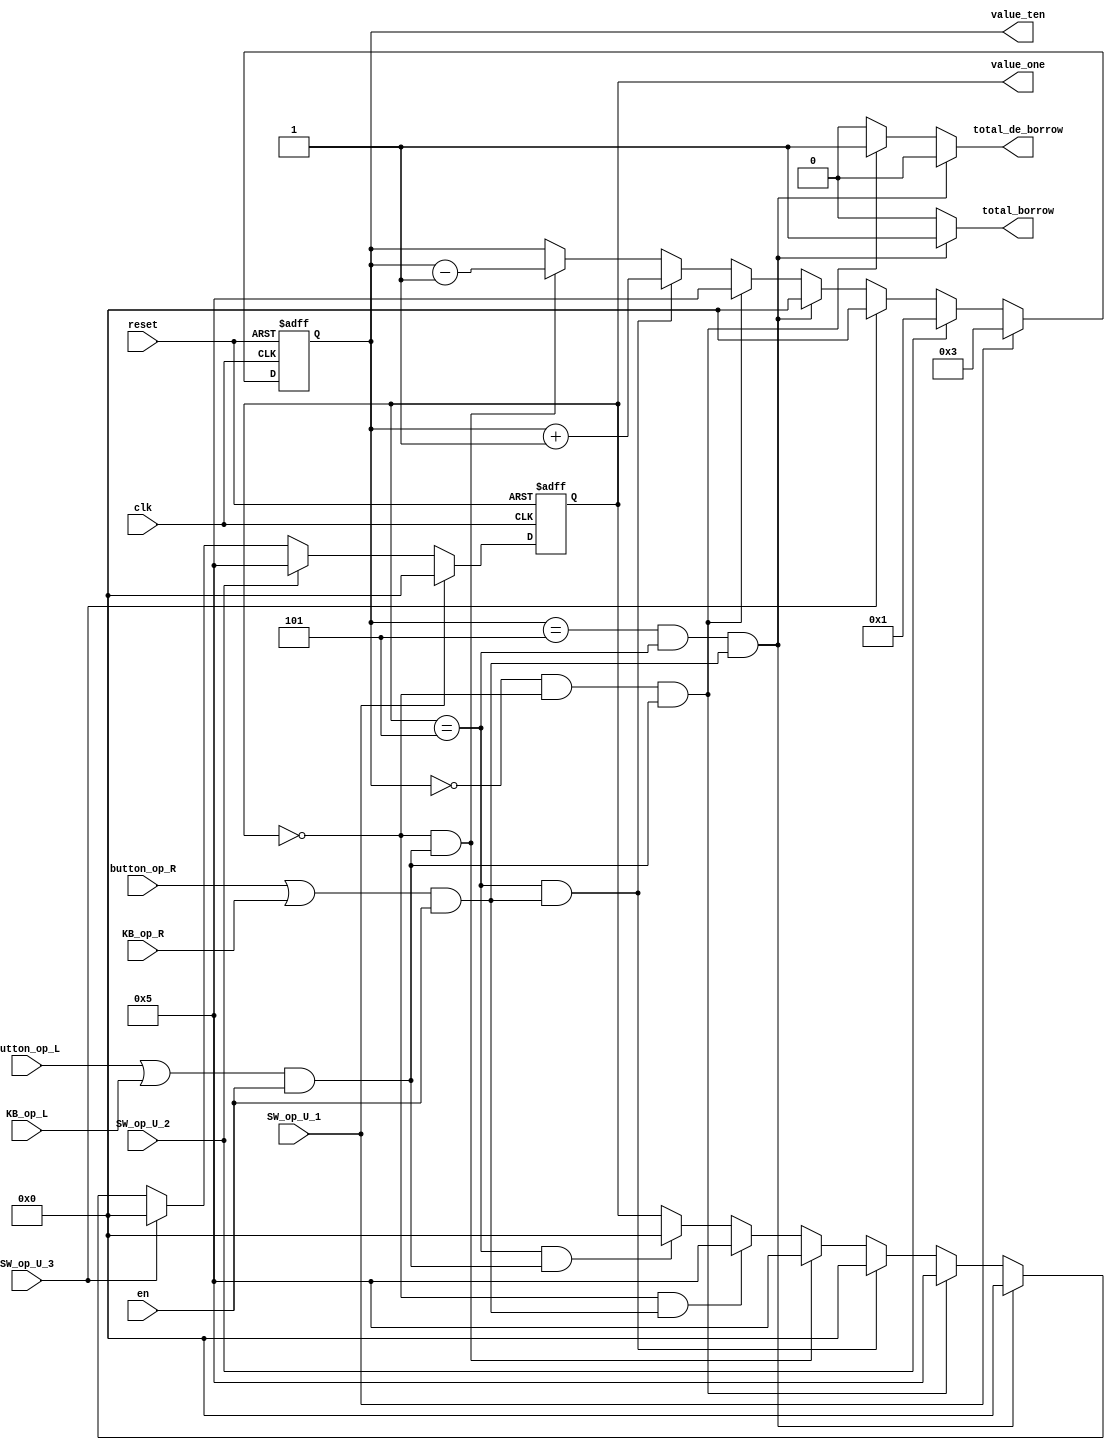
module setting_min_counter(
    output [3:0] value_ten,
    output [3:0] value_one,
    output total_borrow, // e@[@
    output total_de_borrow, // e@@
    input en,
    input clk,
    input reset,
    input button_op_L,
    input button_op_R,
    input KB_op_L,
    input KB_op_R,
    input SW_op_U_1, 
    input SW_op_U_2,
    input SW_op_U_3
    );
    
// NLTPsTX        
wire add, sub;
assign add = (button_op_R | KB_op_R) & en;     // n en ~i
assign sub = (button_op_L | KB_op_L) & en;     // n en ~i
    
reg [3:0] value_ten, value_ten_tmp;
reg [3:0] value_one, value_one_tmp;
reg total_borrow, total_de_borrow;

    always @(value_ten or value_one or add or sub)
    begin
        if (value_ten == 4'd5 && value_one == 4'd5 && add)     // Ywg 55 FASA[Ahi 
            begin
                value_ten_tmp = 4'd0;
                value_one_tmp = 4'd0;
                total_borrow = 1;
                total_de_borrow = 0;
            end
        else if (value_ten == 4'd0 && value_one == 4'd0 && sub)     // Ywg 00 FASAAhh 
            begin
                value_ten_tmp = 4'd5;
                value_one_tmp = 4'd5;
                total_borrow = 0;
                total_de_borrow = 1;
            end
        else if (value_one == 4'd5 && add)     
            begin
                value_ten_tmp =  value_ten + 4'd1;
                value_one_tmp = 4'd0;
                total_borrow = 0;
                total_de_borrow = 0;
            end
        else if (value_one == 4'd0 && sub)
            begin
                value_ten_tmp =  value_ten - 4'd1;
                value_one_tmp = 4'd5;
                total_borrow = 0;
                total_de_borrow = 0;
            end
        else if (value_one == 4'd0 && add)     
            begin
                value_ten_tmp =  value_ten;
                value_one_tmp = 4'd5;
                total_borrow = 0;
                total_de_borrow = 0;
            end
        else if (value_one == 4'd5 && sub)     
            begin
                value_ten_tmp =  value_ten;
                value_one_tmp = 4'd0;
                total_borrow = 0;
                total_de_borrow = 0;
            end
        else
            begin
                value_one_tmp = value_one;
                value_ten_tmp =  value_ten;
                total_borrow = 0;
                total_de_borrow = 0;
            end
    end

    always @(posedge clk or negedge reset)
    begin
        if(~reset)
            begin
                value_ten <= 4'd3;
                value_one <= 4'd0;
            end
        else if(SW_op_U_1)
            begin
                value_ten <= 4'd3;
                value_one <= 4'd0;
            end
        else if(SW_op_U_2)
            begin
                value_ten <= 4'd1;
                value_one <= 4'd5;
            end
        else if(SW_op_U_3)
            begin
                value_ten <= 4'd0;
                value_one <= 4'd0;
            end
        else
            begin
                value_one <= value_one_tmp;
                value_ten <= value_ten_tmp;
            end
    end
    
endmodule